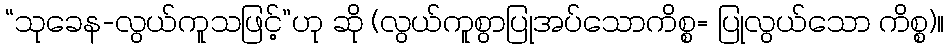
“သုခေန-လွယ်ကူသဖြင့်”ဟု ဆို (လွယ်ကူစွာပြုအပ်သောကိစ္စ= ပြုလွယ်သော ကိစ္စ)။